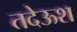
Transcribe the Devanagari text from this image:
तदेऊश